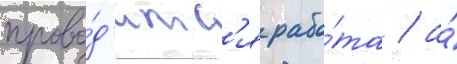
прово́д'итс'я рабо́та / а́